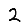
Digit: 2